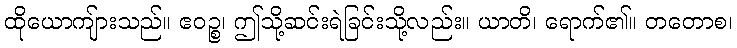
ထိုယောကျ်ားသည်။ ဧဝဉ္စ၊ ဤသို့ဆင်းရဲခြင်းသို့လည်း။ ယာတိ၊ ရောက်၏။ တတောစ၊